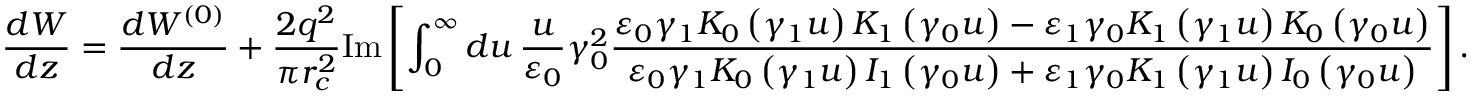
\frac { d W } { d z } = \frac { d W ^ { ( 0 ) } } { d z } + \frac { 2 q ^ { 2 } } { \pi r _ { c } ^ { 2 } } \mathrm { I m } \left[ \int _ { 0 } ^ { \infty } d u \, \frac { u } { \varepsilon _ { 0 } } \gamma _ { 0 } ^ { 2 } \frac { \varepsilon _ { 0 } \gamma _ { 1 } K _ { 0 } \left( \gamma _ { 1 } u \right) K _ { 1 } \left( \gamma _ { 0 } u \right) - \varepsilon _ { 1 } \gamma _ { 0 } K _ { 1 } \left( \gamma _ { 1 } u \right) K _ { 0 } \left( \gamma _ { 0 } u \right) } { \varepsilon _ { 0 } \gamma _ { 1 } K _ { 0 } \left( \gamma _ { 1 } u \right) I _ { 1 } \left( \gamma _ { 0 } u \right) + \varepsilon _ { 1 } \gamma _ { 0 } K _ { 1 } \left( \gamma _ { 1 } u \right) I _ { 0 } \left( \gamma _ { 0 } u \right) } \right] .